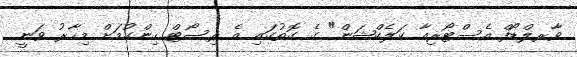
ވާރލްޑޯފް އެސްޓޯރިއާ ކަލެކްޝަން" ގެ ގޮތުގައި އެ ރިސޯޓް ހިންގުމަށް މިހާރު ވަނީ